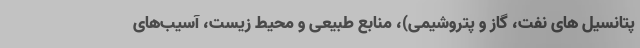
پتانسیل های نفت، گاز و پتروشیمی)، منابع طبیعی و محیط زیست، آسیب‌های